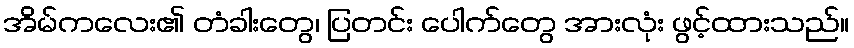
အိမ်ကလေး၏ တံခါးတွေ၊ ပြတင်း ပေါက်တွေ အားလုံး ဖွင့်ထားသည်။